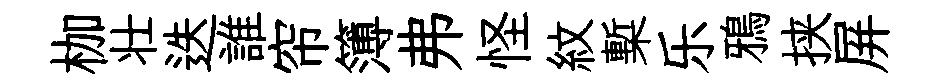
枷壮迭誰帘簿弗怪紋槧乐鴉挟屏